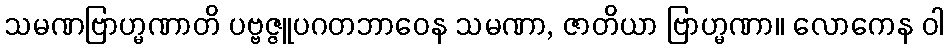
သမဏဗြာဟ္မဏာတိ ပဗ္ဗဇ္ဇူပဂတဘာဝေန သမဏာ, ဇာတိယာ ဗြာဟ္မဏာ။ လောကေန ဝါ